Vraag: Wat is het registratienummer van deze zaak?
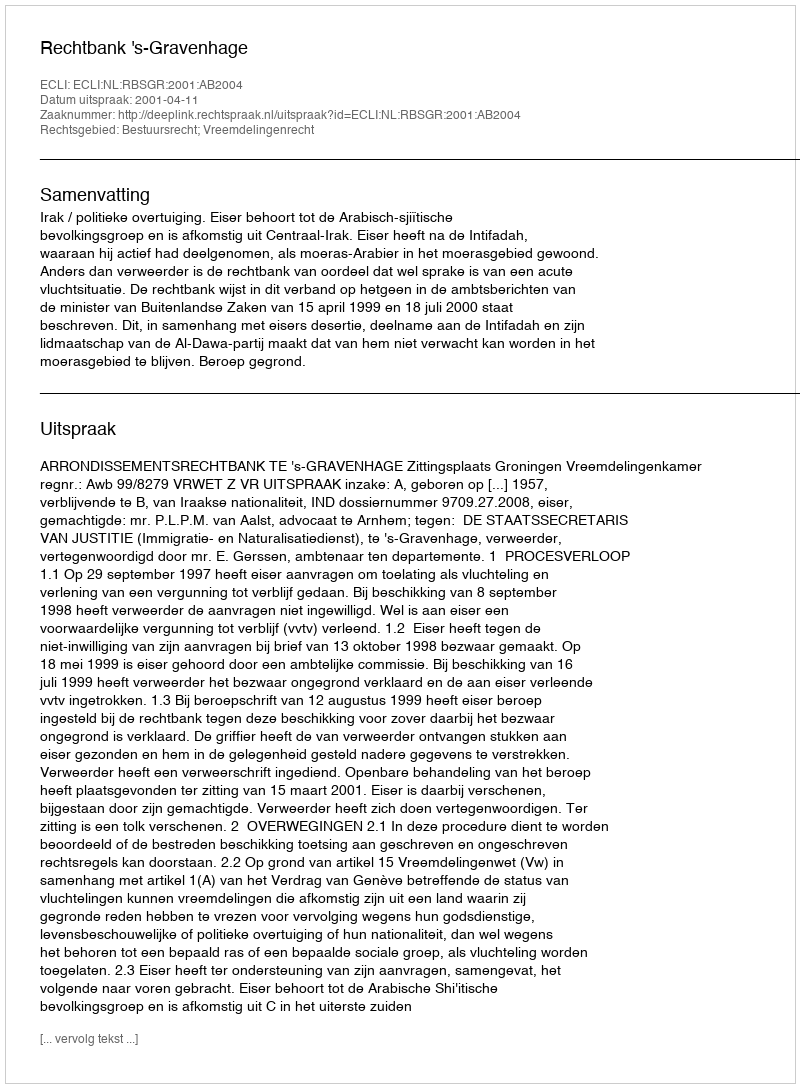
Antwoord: http://deeplink.rechtspraak.nl/uitspraak?id=ECLI:NL:RBSGR:2001:AB2004